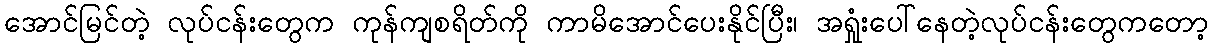
အောင်မြင်တဲ့ လုပ်ငန်းတွေက ကုန်ကျစရိတ်ကို ကာမိအောင်ပေးနိုင်ပြီး၊ အရှုံးပေါ်နေတဲ့လုပ်ငန်းတွေကတော့